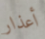
أعذار